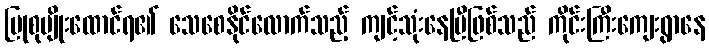
ပြုစုပျိုးထောင်ရ၏ သေစေနိုင်လောက်သည့် ကျင့်သုံးနေပြီဖြစ်သည် ကိုင်းကြီးကျေးရွာနေ